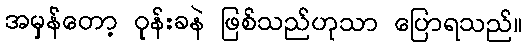
အမှန်တော့ ဝုန်းခနဲ ဖြစ်သည်ဟုသာ ပြောရသည်။